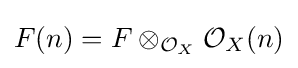
F(n)=F\otimes _{{\mathcal {O}}_{X}}{\mathcal {O}}_{X}(n)